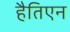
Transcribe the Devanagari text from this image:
हैतिएन